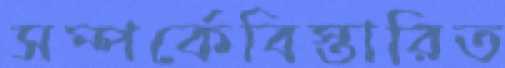
সম্পর্কেবিস্তারিত